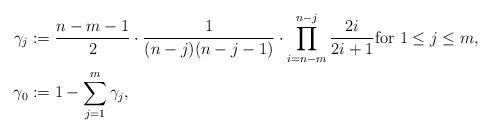
LaTeX: \begin{align*} \gamma_j &:= \frac{n-m-1}{2} \cdot \frac{1}{(n-j)(n-j-1)} \cdot \prod_{i=n-m}^{n-j} \frac{2i}{2i+1} \textrm{for $1 \leq j \leq m$,} \\\gamma_0 &:= 1 - \sum_{j=1}^{m}\gamma_j,\end{align*}